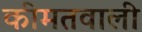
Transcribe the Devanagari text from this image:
कीमतवाली